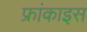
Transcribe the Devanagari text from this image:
फ्रांकाइस